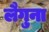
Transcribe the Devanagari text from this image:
लैगुना